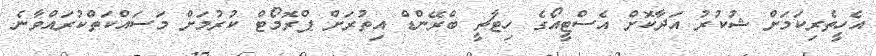
އެހީތެރިކަމަށް ޝުކުރު އަދާކޮށް އެސްޓީއޯގެ ހިޓާޗީ ބްރޭންޑް އިތުރަށް ޕްރޮމޯޓް ކުރުމަށް މަސައްކަތްކުރައްވާނެ